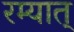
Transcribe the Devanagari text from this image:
रम्यात्